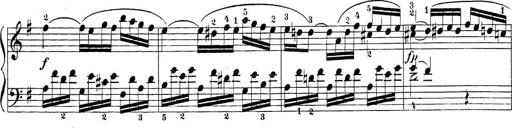
Title: Sonatina Album
Composer: Louis KÃ¶hler